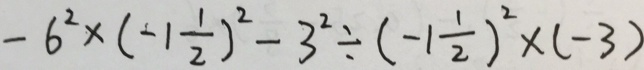
- 6 ^ { 2 } \times ( - 1 \frac { 1 } { 2 } ) ^ { 2 } - 3 ^ { 2 } \div ( - 1 \frac { 1 } { 2 } ) ^ { 2 } \times ( - 3 )